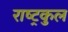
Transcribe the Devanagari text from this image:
राष्‍ट्रकुल